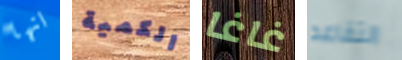
انها الكمية غاغا التقاعد